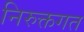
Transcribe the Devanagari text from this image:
निरुक्तगत